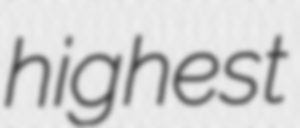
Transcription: highest